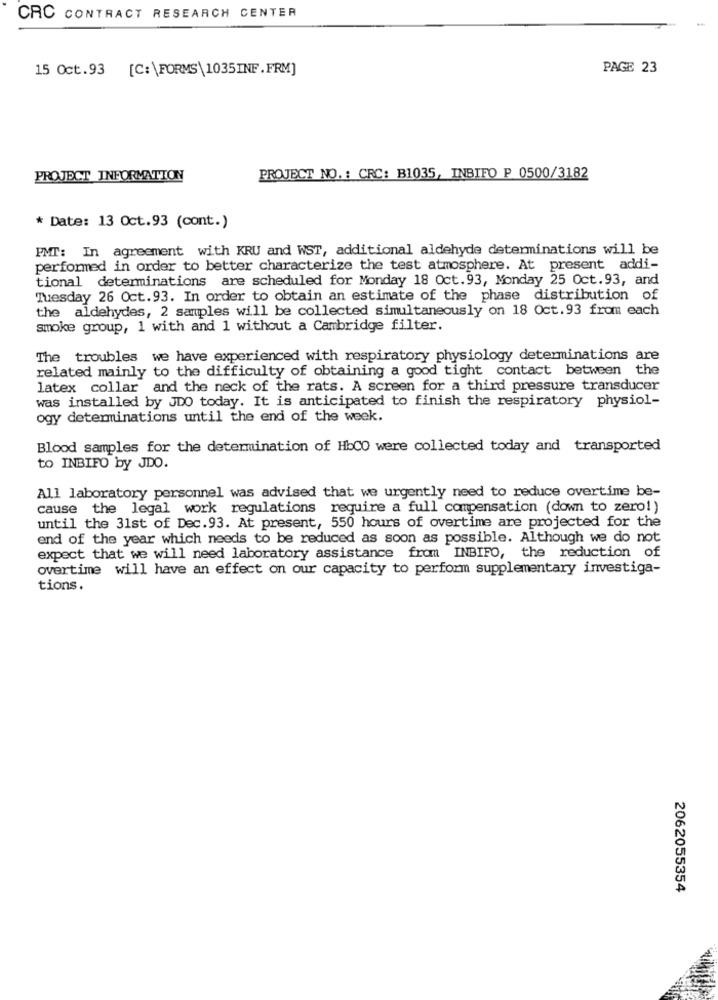
CRC CONTRACT RESEARCH CENTER
15 Oct.93
[C:\FORMS\1035INF.FRM]
PAGE 23
PROJECT INFORMATION
PROJECT NO .: CRC: B1035, INBIFO P 0500/3182
* Date: 13 Oct.93 (cont.)
PMT: In agreement with KRU and WST, additional aldehyde determinations will be
performed in order to better characterize the test atmosphere. At present addi-
tional determinations are scheduled for Monday 18 Oct. 93, Monday 25 Oct. 93, and
Tuesday 26 Oct. 93. In order to obtain an estimate of the phase distribution of
the aldehydes, 2 samples will be collected simultaneously on 18 Oct.93 from each
smoke group, 1 with and 1 without a Cambridge filter.
The troubles we have experienced with respiratory physiology determinations are
related mainly to the difficulty of obtaining a good tight contact between the
latex collar and the neck of the rats. A screen for a third pressure transducer
was installed by JDO today. It is anticipated to finish the respiratory physiol-
ogy determinations until the end of the week.
Blood samples for the determination of HbCO were collected today and transported
to INBIFO by JDO.
All laboratory personnel was advised that we urgently need to reduce overtime be-
cause the legal work regulations require a full compensation (down to zero!)
until the 31st of Dec.93. At present, 550 hours of overtime are projected for the
end of the year which needs to be reduced as soon as possible. Although we do not
expect that we will need laboratory assistance from INBIFO, the reduction of
overtime will have an effect on our capacity to perform supplementary investiga-
tions.
2062055354